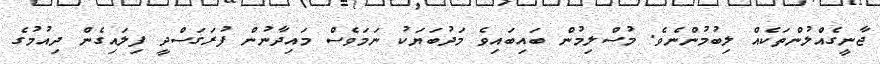
ޖާނީގެއްލުންތަކެއް ލިބުމުންނެވެ. މުސްލިމުން ބައިބައިވެ މަދުބަޔަކު ނަމަވެސް މައިދާނުން ފުރަގަސްދީ ފިލައިގެން ދިއުމުގެ